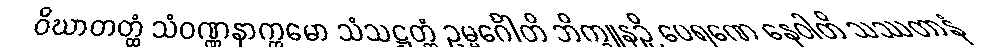
ဝိဃာတတ္ထံ သံဝဏ္ဏနာက္ကမော သံသဋ္ဌတ္တံ ဥမ္မင်္ဂေါတိ ဘိက္ခူနဉှိ ပေရဏေ နေဝါတိ သဿတာနံ